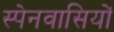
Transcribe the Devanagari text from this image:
स्‍पेनवासियों